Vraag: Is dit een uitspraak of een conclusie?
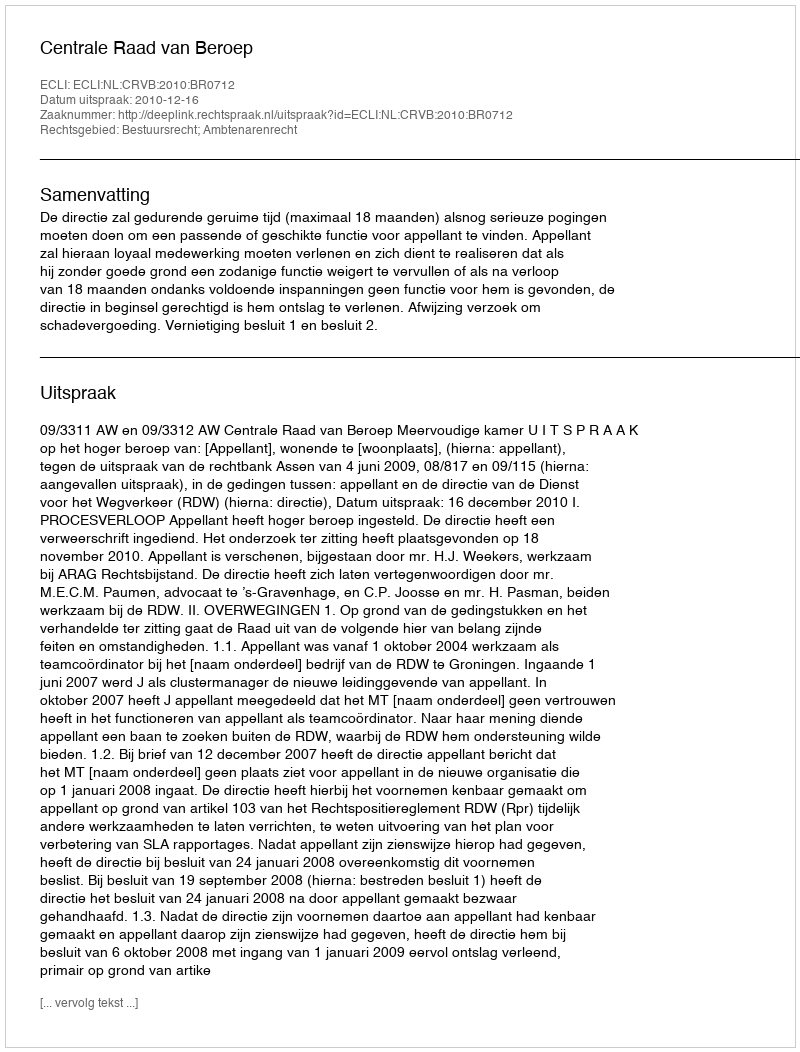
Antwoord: Uitspraak